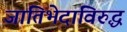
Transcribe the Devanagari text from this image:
जातिभेदाविरुद्ध